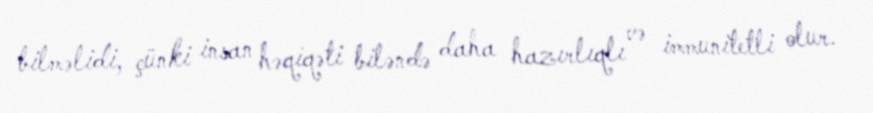
bilməlidi, çünki insan həqiqəti biləndə daha hazırlıqlı və immunitetli olur.